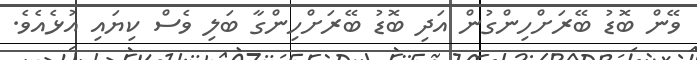
ވޭން ބޮޑު ބޭރަށްހިންގުން އަދި ބޮޑު ބޭރަށްހިންގާ ބަލި ވެސް ކިޔައި އުޅެއެވެ.